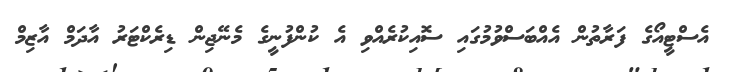
އެސްޓީއޯގެ ފަރާތުން އެއްބަސްވުމުގައި ސޮއިކުރެއްވި އެ ކުންފުނީގެ މެނޭޖިން ޑިރެކްޓަރު އާދަމް އާޒިމް